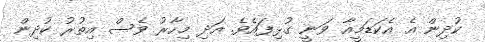
ކުދިން އެ އެކަޑަމީއާ ވަނީ ގުޅިފައެވެ. އަދި މިހާރު ވެސް އިތުރު ކުދިން